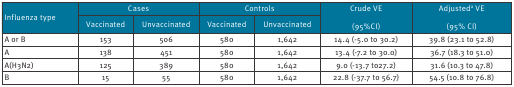
<table><thead><tr><td rowspan="2"><b>Influenza type</b></td><td colspan="2"><b>Cases</b></td><td colspan="2"><b>Controls</b></td><td rowspan="2"><b>Crude VE(95% CI)</b></td><td rowspan="2"><b>Adjusted<sup>a</sup> VE(95% CI)</b></td></tr><tr><td><b>Vaccinated</b></td><td><b>Unvaccinated</b></td><td><b>Vaccinated</b></td><td><b>Unvaccinated</b></td></tr></thead><tbody><tr><td><b> A or B</b></td><td>153</td><td>506</td><td>580</td><td>1,642</td><td>14.4 (-5.0 to 30.2)</td><td>39.8 (23.1 to 52.8)</td></tr><tr><td><b> A</b></td><td>138</td><td>451</td><td>580</td><td>1,642</td><td>13.4 (-7.2 to 30.0)</td><td>36.7 (18.3 to 51.0)</td></tr><tr><td><b> A(H3N2)</b></td><td>125</td><td>389</td><td>580</td><td>1,642</td><td>9.0 (-13.7 to27.2)</td><td>31.6 (10.3 to 47.8)</td></tr><tr><td><b> B</b></td><td>15</td><td>55</td><td>580</td><td>1,642</td><td>22.8 (-37.7 to 56.7)</td><td>54.5 (10.8 to 76.8)</td></tr></tbody></table>